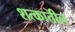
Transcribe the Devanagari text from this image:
शत्कातील